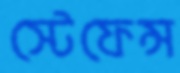
স্টেফেন্স